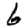
Digit: 6